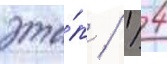
эта́п / 1/ 4